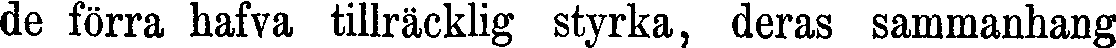
de förra hafva tillräcklig styrka, deras sammanhang